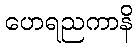
ဟေရညကာနိ